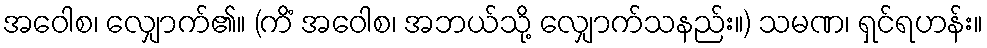
အဝေါစ၊ လျှောက်၏။ (ကိံ အဝေါစ၊ အဘယ်သို့ လျှောက်သနည်း။) သမဏ၊ ရှင်ရဟန်း။